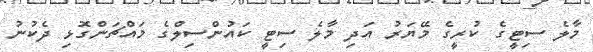
މާލެ ސިޓީގެ ކުރީގެ މޭޔަރު އަދި މާލެ ސިޓީ ކައުންސިލްގެ މައްޗަންގޮޅި ދެކުނު